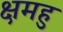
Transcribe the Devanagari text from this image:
क्षमहु